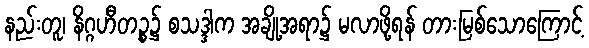
နည်းတူ၊ နိဂ္ဂဟီတဉ္စ၌ စသဒ္ဒါက အချို့အရာ၌ မလာဖို့ရန် တားမြစ်သောကြောင့်